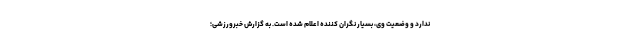
ندارد و وضعیت وی، بسیار نگران کننده اعلام شده است. به گزارش خبرورزشی؛